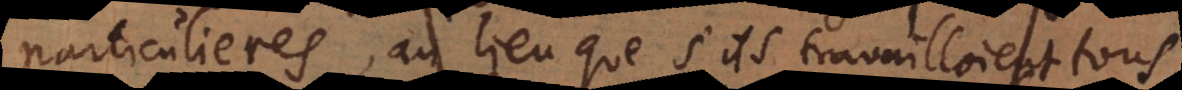
particulieres, au lieu que s’ils travailloient tous